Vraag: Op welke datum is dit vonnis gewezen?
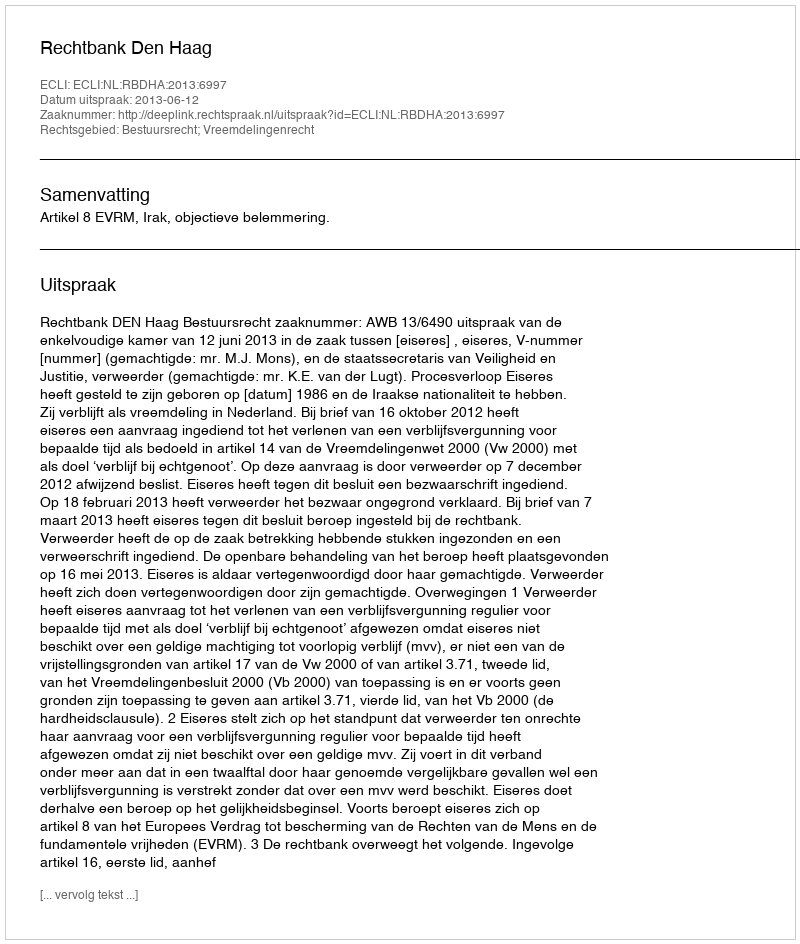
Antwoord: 2013-06-12